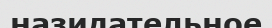
назидательное